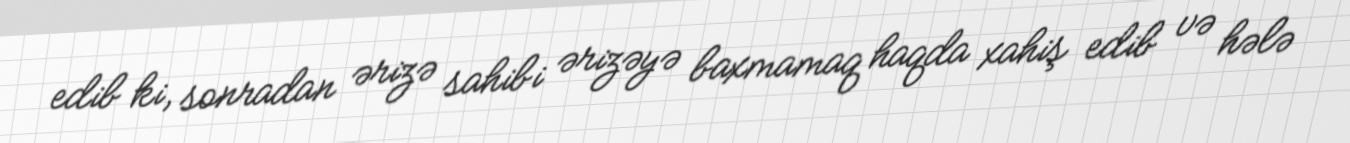
edib ki, sonradan ərizə sahibi ərizəyə baxmamaq haqda xahiş edib və hələ